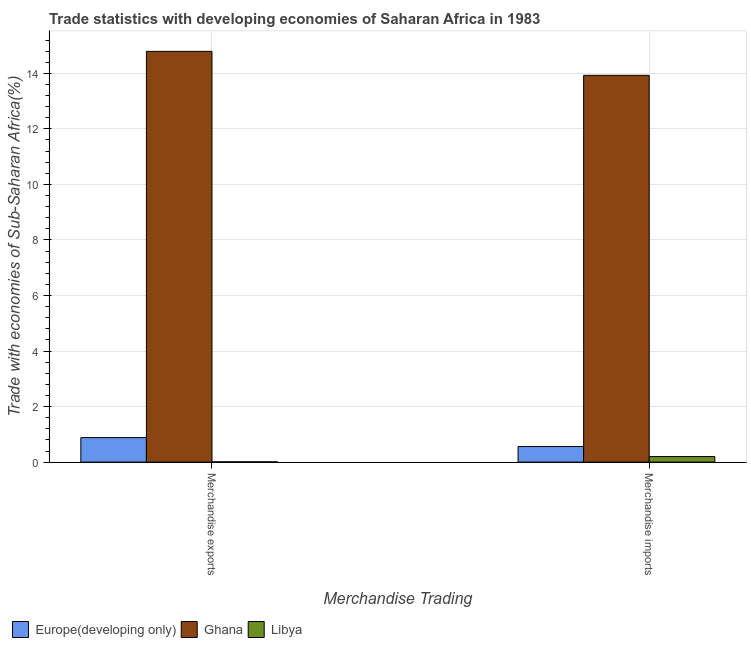
| Merchandise Trading | Europe(developing only) | Ghana | Libya |
 | --- | --- | --- | --- |
 | Merchandise exports | 0.883 | 14.8 | 0.00963 |
 | Merchandise imports | 0.561 | 13.9 | 0.2 |